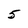
Character: 5